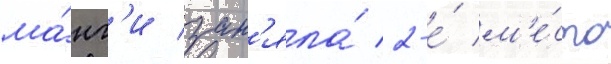
ма́нг'и зан'яла́ 2-е́ м'е́сто